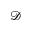
\mathcal { D }